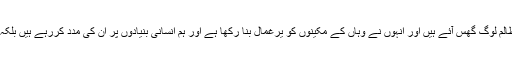
ایسا نہیں ہے کہ ہمارے پڑوس میں ایک گھر ہے جس میں ظالم لوگ گھس آئے ہیں اور انہوں نے وہاں کے مکینوں کو یرغمال بنا رکھا ہے اور ہم انسانی بنیادوں پر ان کی مدد کررہے ہیں بلکہ حقیقت یہ ہے کہ دشمن ہمارے اپنے گھر میں گھس آیا ہے ۔